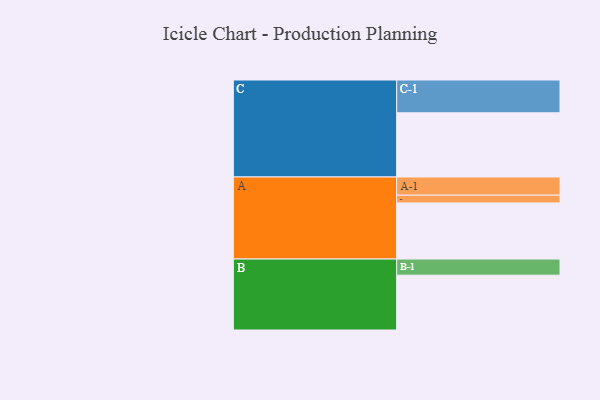
{"axis": {"x": "Segment", "y": "Value"}, "legend": ["", "A", "B", "C"], "data": [{"x": "A", "y": 466, "type": ""}, {"x": "B", "y": 455, "type": ""}, {"x": "C", "y": 533, "type": ""}, {"x": "A-1", "y": 151, "type": "A"}, {"x": "A-2", "y": 64, "type": "A"}, {"x": "B-1", "y": 134, "type": "B"}, {"x": "C-1", "y": 272, "type": "C"}]}